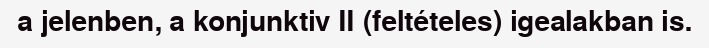
a jelenben, a konjunktiv II (feltételes) igealakban is.